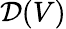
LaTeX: {\mathcal{D}}(V)